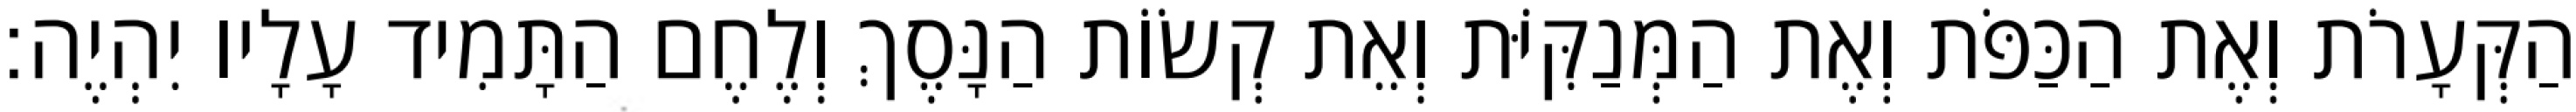
הַקְּעָרֹת וְאֶת הַכַּפֹּת וְאֶת הַמְּנַקִּיֹּת וְאֵת קְשׂוֹת הַנָּסֶךְ וְלֶחֶם הַתָּמִיד עָלָיו יִהְיֶה׃